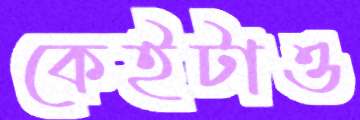
কেইটাও